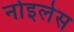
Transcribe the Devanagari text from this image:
नोइलेस